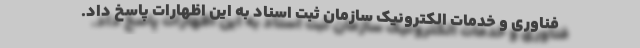
فناوری و خدمات الکترونیک سازمان ثبت اسناد به این اظهارات پاسخ داد.